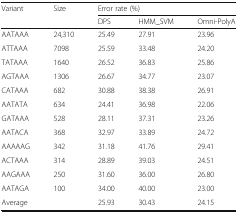
| <ROWSPAN=2> Variant | <ROWSPAN=2> Size | <COLSPAN=3> Error rate (%) |
 | DPS | HMM_SVM | Omni-PolyA |
 | --- | --- | --- | --- | --- |
 | AATAAA | 24,310 | 25.49 | 27.91 | 23.96 |
 | ATTAAA | 7098 | 25.59 | 33.48 | 24.20 |
 | TATAAA | 1640 | 26.52 | 36.83 | 25.86 |
 | AGTAAA | 1306 | 26.67 | 34.77 | 23.07 |
 | CATAAA | 682 | 30.88 | 38.38 | 26.91 |
 | AATATA | 634 | 24.41 | 36.98 | 22.06 |
 | GATAAA | 528 | 28.11 | 37.31 | 23.26 |
 | AATACA | 368 | 32.97 | 33.89 | 24.72 |
 | AAAAAG | 342 | 31.18 | 41.76 | 29.41 |
 | ACTAAA | 314 | 28.89 | 39.03 | 24.51 |
 | AAGAAA | 250 | 31.60 | 36.00 | 26.80 |
 | AATAGA | 100 | 34.00 | 40.00 | 23.00 |
 | Average |  | 25.93 | 30.43 | 24.15 |